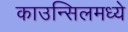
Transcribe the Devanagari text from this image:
काउन्सिलमध्ये